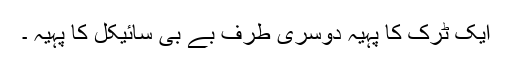
ایک ٹرک کا پہیہ دوسری طرف بے بی سائیکل کا پہیہ ۔